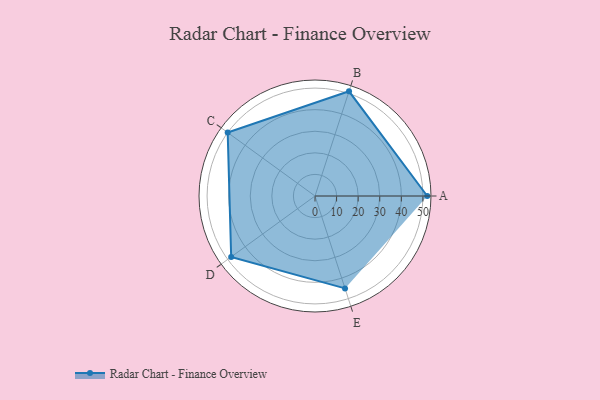
{"axis": {"x": "Skill", "y": "Score"}, "legend": ["Profile"], "data": [{"x": "A", "y": 52.0, "type": "Profile"}, {"x": "B", "y": 51.0, "type": "Profile"}, {"x": "C", "y": 50.0, "type": "Profile"}, {"x": "D", "y": 48.0, "type": "Profile"}, {"x": "E", "y": 45.0, "type": "Profile"}]}